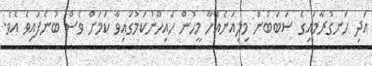
އަދި ހަނގުރާމައިގެ ސަބަބުން މިލިއަނެއްހާ މީހުން ހައިހޫނުކަމުގައިވާ ކަމަށް ވެސް ބުނެފައިވެ އެވެ.